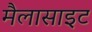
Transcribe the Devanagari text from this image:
मैलासाइट